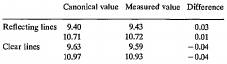
<table><thead><tr><td></td><td><b>Canonical value</b></td><td><b>Measured value</b></td><td><b>Difference</b></td></tr></thead><tbody><tr><td rowspan="2">Reflecting lines</td><td>9.40</td><td>9.43</td><td>0.03</td></tr><tr><td>10.71</td><td>10.72</td><td>0.01</td></tr><tr><td>Clear lines</td><td>9.63</td><td>9.59</td><td>−0.04</td></tr><tr><td></td><td>10.97</td><td>10.93</td><td>−0.04</td></tr></tbody></table>